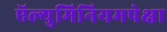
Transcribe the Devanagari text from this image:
ऍल्युमिनियमपेक्षा